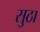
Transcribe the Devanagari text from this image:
सुठा